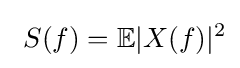
\ S(f)=\mathbb {E} |X(f)|^{2}